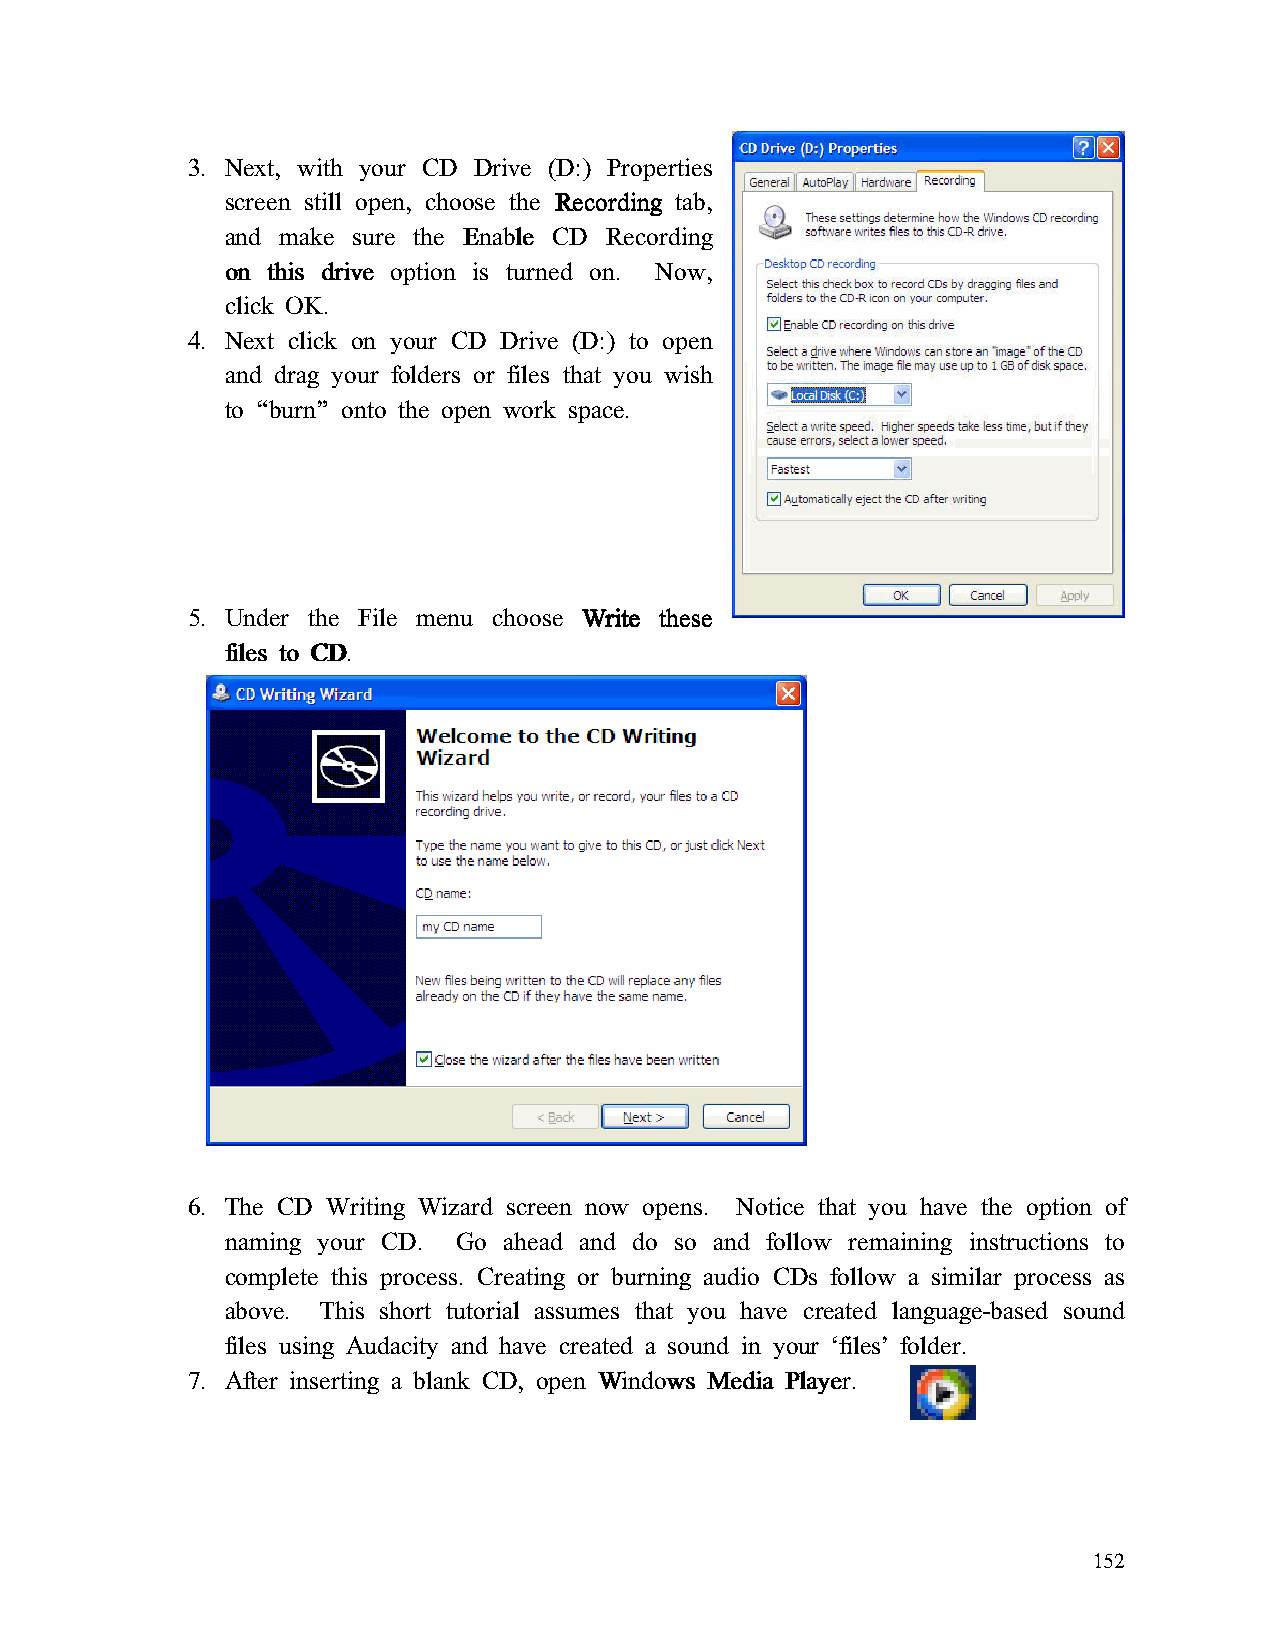
3. Next, with your CD Drive (D:) Properties
 screen still open, choose the RRRReeeeccccoooorrrrddddiiiinnnngggg tab,
 and make sure the EEEEnnnnaaaabbbblllleeee CCCCDDDD RRRReeeeccccoooorrrrddddiiiinnnngggg
 oooonnnn tttthhhhiiiissss ddddrrrriiiivvvveeee option is turned on. Now,
 click OK.
 4. Next click on your CD Drive (D:) to open
 and drag your folders or files that you wish
 to “burn” onto the open work space.
 5. Under the File menu choose WWWWrrrriiiitttteeee tttthhhheeeesssseeee
 ffffiiiilllleeeessss ttttoooo CCCCDDDD.
 6. The CD Writing Wizard screen now opens. Notice that you have the option of
 naming your CD. Go ahead and do so and follow remaining instructions to
 complete this process. Creating or burning audio CDs follow a similar process as
 above. This short tutorial assumes that you have created language-based sound
 files using Audacity and have created a sound in your ‘files’ folder.
 7. After inserting a blank CD, open WWWWiiiinnnnddddoooowwwwssss MMMMeeeeddddiiiiaaaa PPPPllllaaaayyyyeeeerrrr.
 152